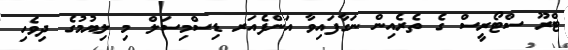
ޓްރޫ ސްޓޯރީސް ގެ ތެރެއިން ނަގާފައިވާ އަންފެއަރ ޑިސްމިސަލް މި ލިޔުމުގެ ދިވެހި